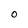
Character: O